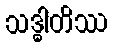
သဒ္ဓါတိဿ